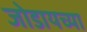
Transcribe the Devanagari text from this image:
जोडायच्या